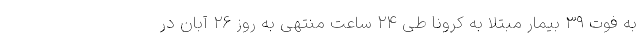
به فوت ۳۹ بیمار مبتلا به کرونا طی ۲۴ ساعت منتهی به روز ۲۶ آبان در